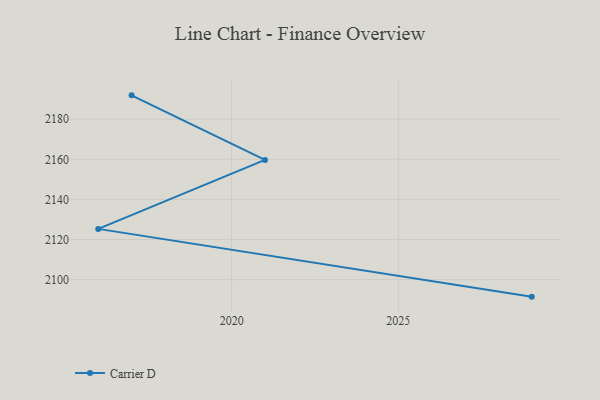
{"axis": {"x": "Year", "y": "Website Visitors"}, "legend": ["Carrier D"], "data": [{"x": "2029", "y": 2091.5, "type": "Carrier D"}, {"x": "2016", "y": 2125.3, "type": "Carrier D"}, {"x": "2021", "y": 2159.7, "type": "Carrier D"}, {"x": "2017", "y": 2191.9, "type": "Carrier D"}]}